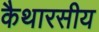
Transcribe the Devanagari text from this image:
कैथारसीय